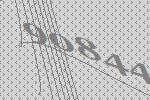
90844